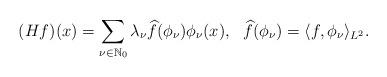
LaTeX: \begin{align*}(Hf)(x)=\sum_{\nu\in\mathbb{N}_{0}}\lambda_\nu\widehat{f}(\phi_\nu)\phi_\nu(x),\,\,\,\, \widehat{f}(\phi_\nu)=\langle f,\phi_\nu \rangle_{L^2}.\end{align*}